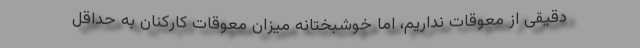
دقیقی از معوقات نداریم، اما خوشبختانه میزان معوقات کارکنان به حداقل